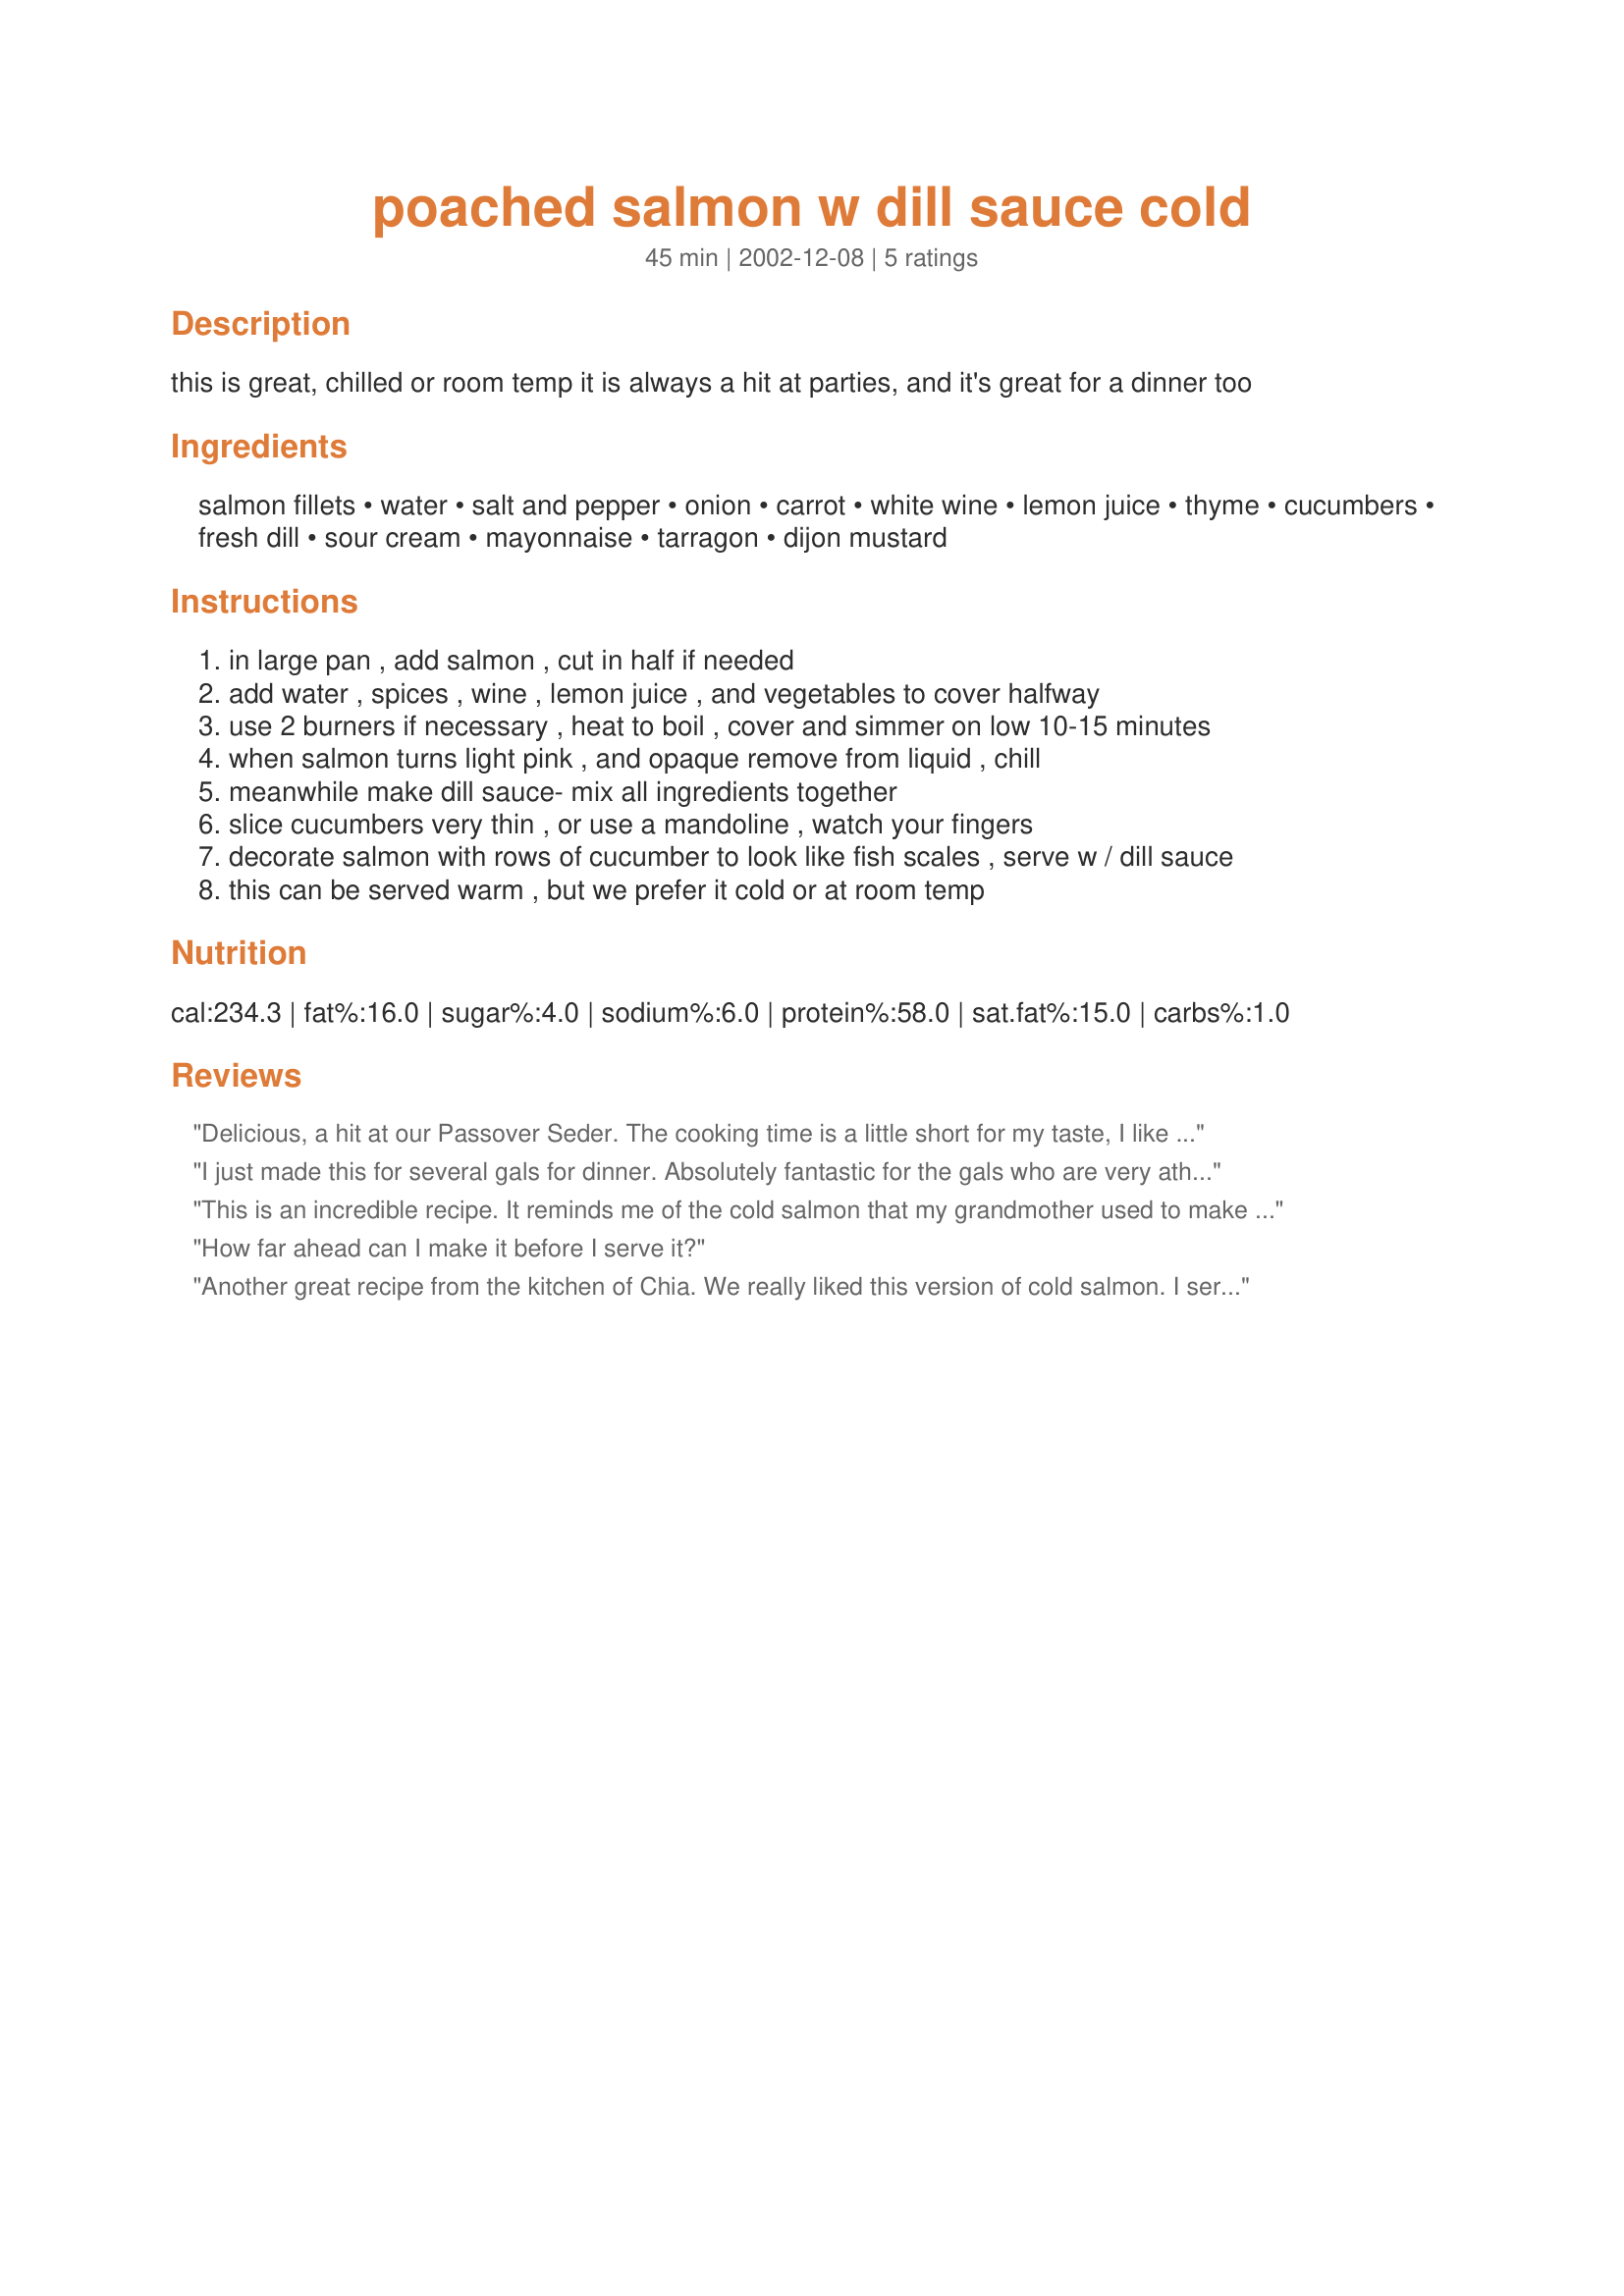
poached salmon w dill sauce cold
Preparation time: 45 minutes

this is great, chilled or room temp it is always a hit at parties, and it's great for a dinner too

Ingredients:
salmon fillets, water, salt and pepper, onion, carrot, white wine, lemon juice, thyme, cucumbers, fresh dill, sour cream, mayonnaise, tarragon, dijon mustard

Steps:
in large pan , add salmon , cut in half if needed
add water , spices , wine , lemon juice , and vegetables to cover halfway
use 2 burners if necessary , heat to boil , cover and simmer on low 10-15 minutes
when salmon turns light pink , and opaque remove from liquid , chill
meanwhile make dill sauce- mix all ingredients together
slice cucumbers very thin , or use a mandoline , watch your fingers
decorate salmon with rows of cucumber to look like fish scales , serve w / dill sauce
this can be served warm , but we prefer it cold or at room temp

Reviews:
Delicious, a hit at our Passover Seder. The cooking time is a little short for my taste, I like the salmon thoroughly cooked -- it was about 20-25 minutes before it looked done inside. Also bumped up the dill amount a little, we love dill in this family.
I just made this for several gals for dinner. Absolutely fantastic for the gals who are very athletic and watchiing their fat intake, etc. It turned out perfect and the sauce was delish!
This is an incredible recipe. It reminds me of the cold salmon that my grandmother used to make at Rosh Hashana parties. I have been looking for a similar recipe and this is really close. Thank you!
How far ahead can I make it before I serve it?
Another great recipe from the kitchen of Chia. We really liked this version of cold salmon. I served slices of it over a mixed greens salad and left off the cucumber scales. With the leftover fish, I made a second sauce which was just Miracle Whip mixed with ketchup-- kind of a Russian dressing which my husband loves. Oh, and I also included some fresh lemon slices in the poaching liquid. Thanks Chia!
